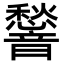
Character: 𮧿